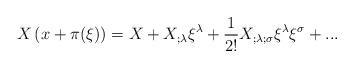
LaTeX: \begin{align*}X\left( x+\pi (\xi) \right) = X + X_{;\lambda} \xi ^\lambda +{1\over {2!}} X_{;\lambda;\sigma}\xi^\lambda\xi^\sigma + ... \end{align*}